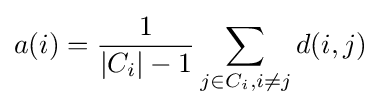
a(i)={\frac {1}{|C_{i}|-1}}\sum _{j\in C_{i},i\neq j}d(i,j)